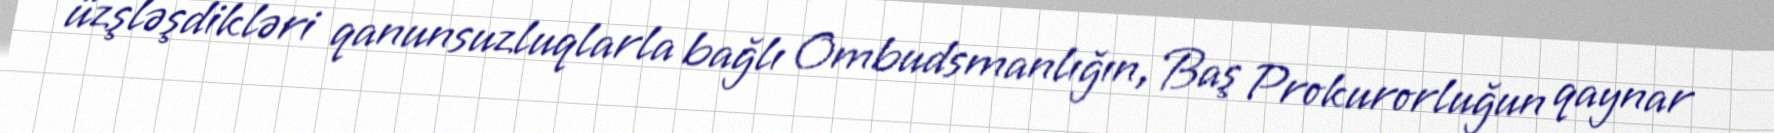
üzşləşdikləri qanunsuzluqlarla bağlı Ombudsmanlığın, Baş Prokurorluğun qaynar